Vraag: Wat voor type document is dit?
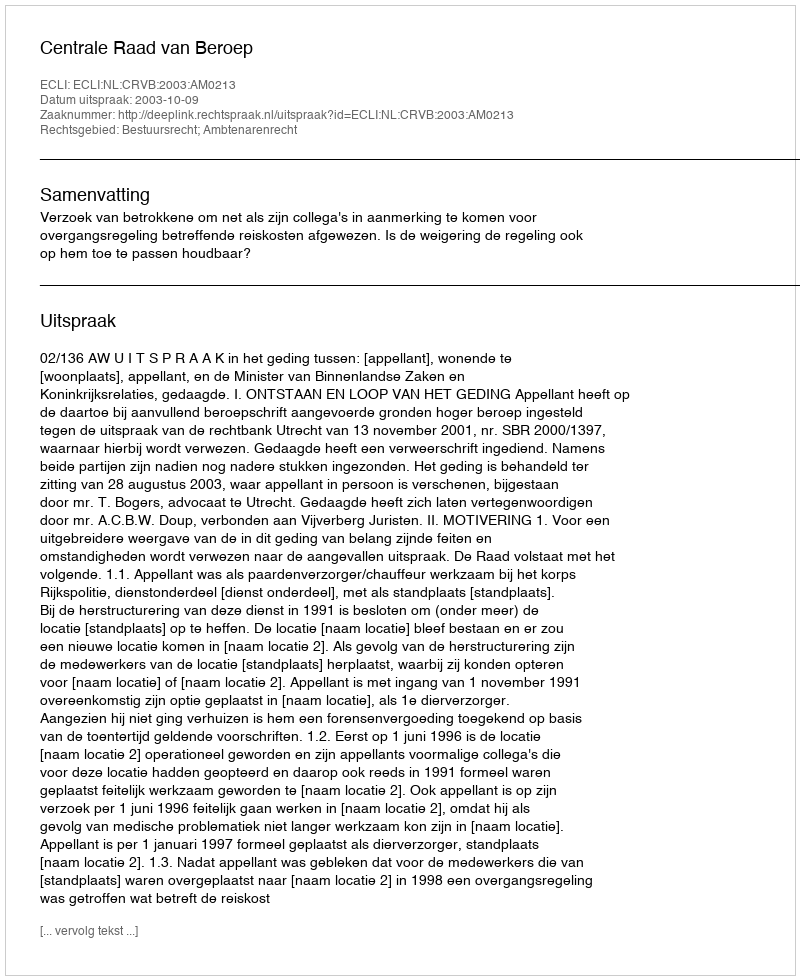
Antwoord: Uitspraak